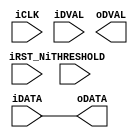
/* 
(C) OOMusou 2008 http://oomusou.cnblogs.com

Filename    : Sobel.v
Compiler    : Quartus II 8.0
Description : Demo how to implement Sobel Edge Detector on DE2-70
Release     : 09/27/2008 1.0
*/

module Sobel (
  input            iCLK,
  input            iRST_N,
  input      [7:0] iTHRESHOLD,
  input            iDVAL,
  input      [9:0] iDATA,
  output reg       oDVAL,
  output wire [9:0] oDATA
);

// mask x
parameter X1 = 8'hff, X2 = 8'h00, X3 = 8'h01;
parameter X4 = 8'hfe, X5 = 8'h00, X6 = 8'h02;
parameter X7 = 8'hff, X8 = 8'h00, X9 = 8'h01;

// mask y
parameter Y1 = 8'h01, Y2 = 8'h02, Y3 = 8'h01;
parameter Y4 = 8'h00, Y5 = 8'h00, Y6 = 8'h00;
parameter Y7 = 8'hff, Y8 = 8'hfe, Y9 = 8'hff;

wire  [7:0] Line0;
wire  [7:0] Line1;
wire  [7:0] Line2;

wire  [17:0]  Mac_x0;
wire  [17:0]  Mac_x1;
wire  [17:0]  Mac_x2;

wire  [17:0]  Mac_y0;
wire  [17:0]  Mac_y1;
wire  [17:0]  Mac_y2;

wire  [19:0]  Pa_x;
wire  [19:0]  Pa_y;

wire  [15:0]  Abs_mag;


assign oDATA = iDATA;
// replace the above

endmodule